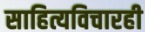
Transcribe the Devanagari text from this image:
साहित्यविचारही